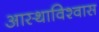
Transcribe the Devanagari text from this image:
आस्थाविश्वास